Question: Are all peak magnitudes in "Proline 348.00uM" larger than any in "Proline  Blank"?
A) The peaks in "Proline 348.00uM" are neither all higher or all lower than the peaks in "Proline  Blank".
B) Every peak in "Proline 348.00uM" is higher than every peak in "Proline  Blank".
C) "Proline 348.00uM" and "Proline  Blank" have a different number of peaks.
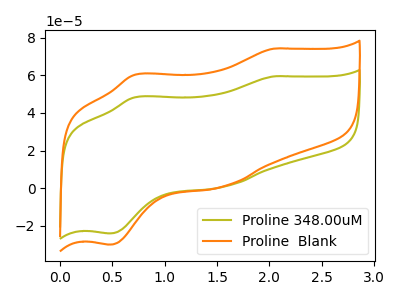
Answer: <think>The olive curve "Proline 348.00uM" has anodic peaks at (2.05V, 59.40uA) (0.70V, 48.30uA) and cathodic peaks at (1.55V, 0.70uA) (0.45V, -24.00uA). The orange curve "Proline  Blank" has anodic peaks at (2.05V, 74.15uA) (0.70V, 60.25uA) and cathodic peaks at (1.55V, 0.90uA) (0.45V, -29.95uA).</think>
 <answer>A) The peaks in "Proline 348.00uM" are neither all higher or all lower than the peaks in "Proline  Blank".</answer>
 <eval>A</eval>